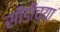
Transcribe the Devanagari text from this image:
सीडीच्या